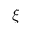
\xi